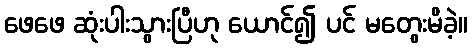
ဖေဖေ ဆုံးပါးသွားပြီဟု ယောင်၍ ပင် မတွေးမိခဲ့။